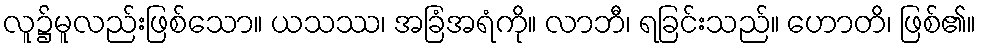
လူ၌မူလည်းဖြစ်သော။ ယသဿ၊ အခြံအရံကို။ လာဘီ၊ ရခြင်းသည်။ ဟောတိ၊ ဖြစ်၏။